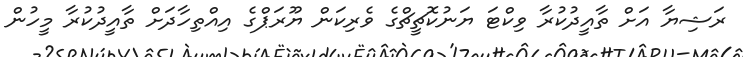
ރަޝިޔާ އަށް ތާއީދުކުރާ ވިކްޓަ ޔަނުކޮޗީޗްގެ ވެރިކަން ޔޫރަޕްގެ އިއްތިހާދަށް ތާއީދުކުރާ މީހުން